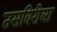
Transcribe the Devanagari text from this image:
तसबिरीला